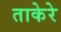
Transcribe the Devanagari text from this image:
ताकेरे